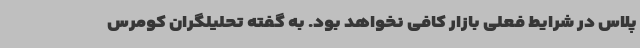
پلاس در شرایط فعلی بازار کافی نخواهد بود. به گفته تحلیلگران کومرس